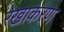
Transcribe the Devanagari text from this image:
रेखाकरण